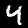
Label: 4